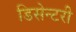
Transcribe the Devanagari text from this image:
डिसेन्टरी